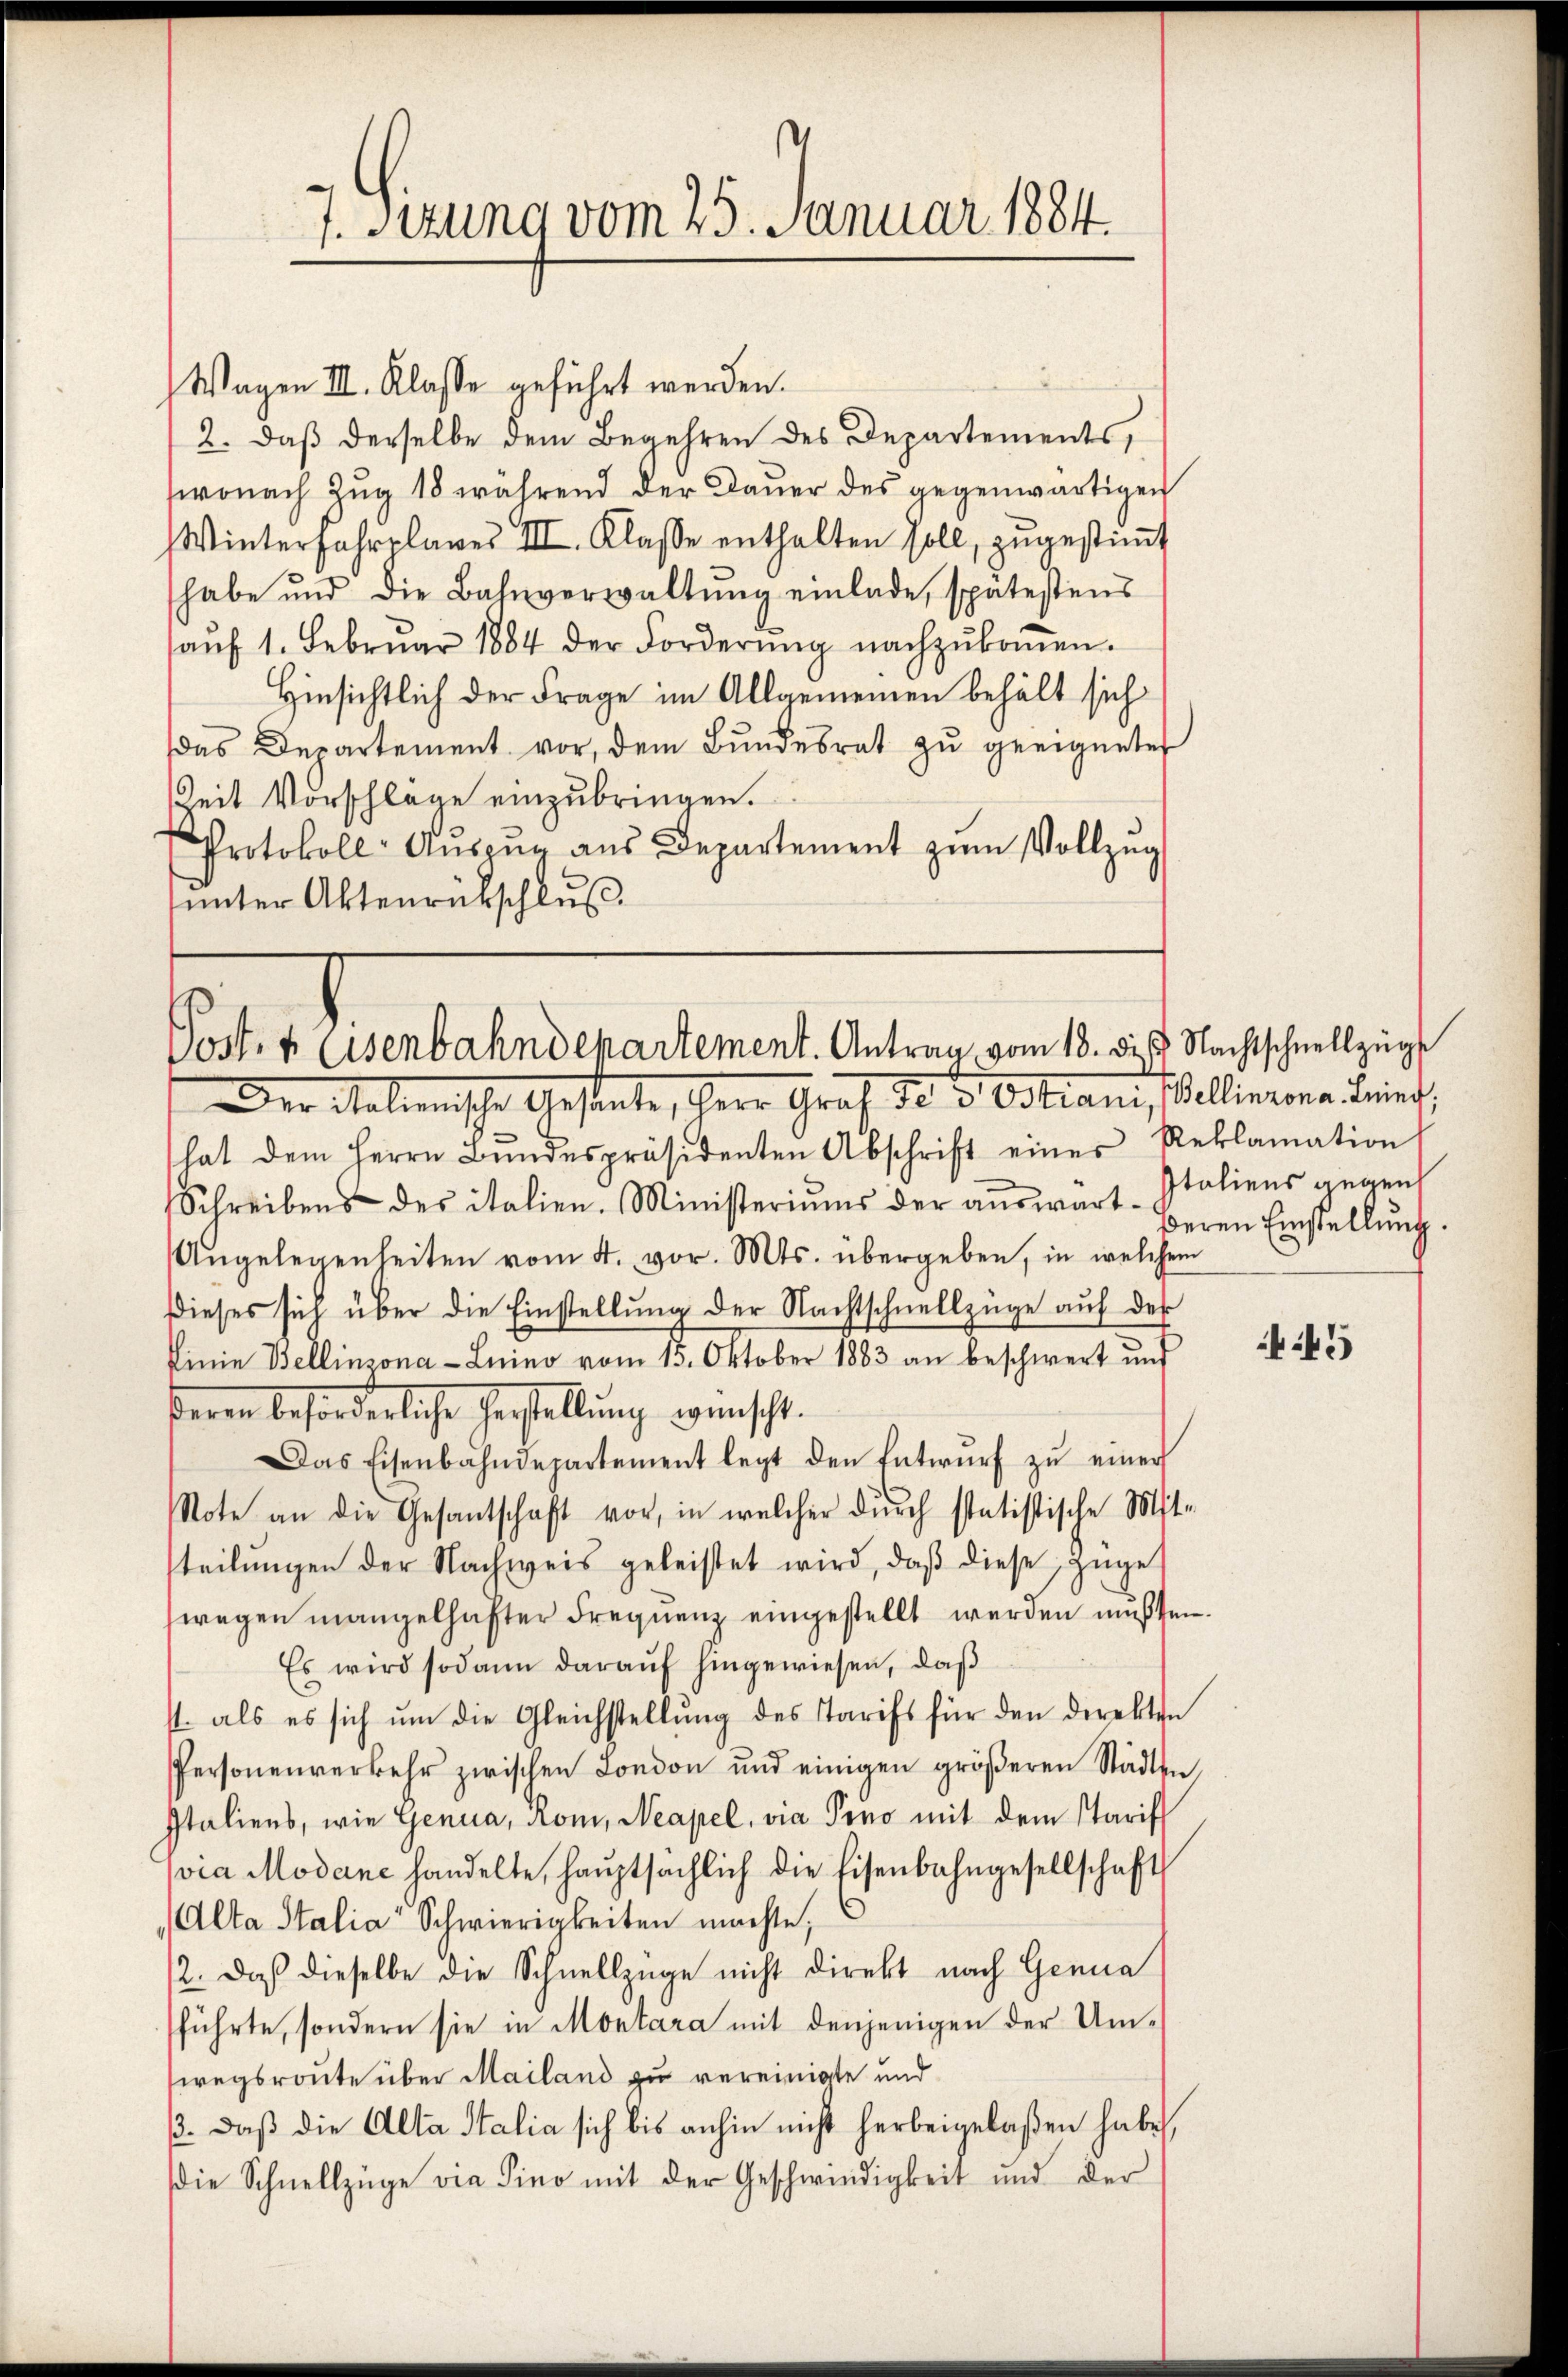
7. Sitzung vom 25. Januar 1884.

Wagen III. Klasse geführt werden.
2. daß derselbe dem Begehren des Departements,
wonach Zug 18 während der Dauer des gegenwärtigen
Winterfahrplanes III. Klasse enthalten soll, zŭgestiṁt
habe und die Bahnverwaltŭng einlade, spätestens
aŭf 1. Febrŭar 1884 der Forderŭng nachzŭkoṁen.
Hinsichtlich der Frage im Allgemeinen behält sich
das Departement vor, dem Bundesrat zŭ geeigneter
Zeit Vorschlage einzubringen.
Protokoll- Aŭszŭg aŭs Departement zŭm Vollzŭg
unter Aktenrückschluß.

Post, 4 Eisenbahndepartement. Antrag vom 18. die Nachtschnellzüg
Der Malmische Gesente, Herr Graf do 5. Ostiani, Pellinzona Inner,

deren Einstellung.

hat dem Herrn Bundespräsidenten Abschrift einer Reklamation
Schreibens des italien. Ministeriums der aŭswart Italiens gegen
Angelegenheiten vom 4. vor. Mts. übergeben, in welchem
dieses sich über die Einstellung der Nachtschnellzüge auf der
Linie Bellinzona - Luino vom 15. Oktober 1883 an beschwert und
beren beforderliche Herstellung wünscht.
Das Eisenbahndepartement legt den Entwŭrf zŭ einer
Note an die Gesantschaft vor, in welcher dŭrch statistische Mit-
teilŭngen der Nachweis geleistet wird, daβ diese Züge
wegen mangelhafter Frequenz eingestellt werden müssen.
Es wird sodann darauf hingewiesen, daß
st. als es sich ŭm die Gleichstellŭng des Tarifs für den direkton
Personenverkehr zwischen London und einigen gröβeren Städten,
Italiens, wie Genua, Rom, Neapel, via Pono mit dem Tarif
via Modene handelte, hauptsächlich die Eisenbahngesellschaft
Alta Italia Schwierigkeiten machte,
12. daß dieselbe die Schnellzüge nicht direkt nach Genua
sführte, sondern sie in Montara mit denjenigen der Umwegsroute über Mailand zu vereinigte und
ß. Daß die Alta Stalia sich bis anhin nicht herbeigelaßen habe,
die Schnellzüge die Sino mit der Geschwindigkeit und der

45